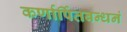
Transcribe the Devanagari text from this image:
कर्णार्पितबन्धनं